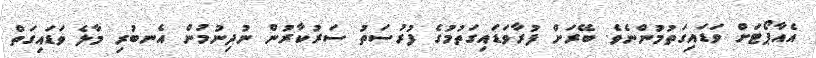
އެއާޕޯޓަށް ވަޑައިގަތުމުންނެވެ. ބޭރަށް ފުރާވަޑައިގަތުމުގެ ފުރުސަތު ސަރުކާރުން ނުދިނުމުން އެނބުރި މާލެ ވަޑައިގަތް